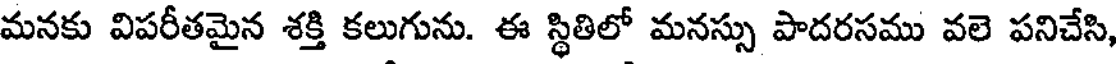
మనకు విపరీతమైన శక్తి కలుగును. ఈ స్థితిలో మనస్సు పాదరసము వలె పనిచేసి,